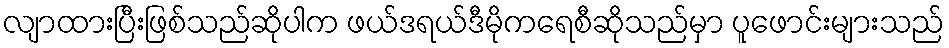
လျာထားပြီးဖြစ်သည်ဆိုပါက ဖယ်ဒရယ်ဒီမိုကရေစီဆိုသည်မှာ ပူဖောင်းများသည်